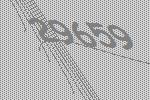
29659